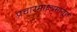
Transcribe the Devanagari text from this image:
प्रचारमाध्यमांतून